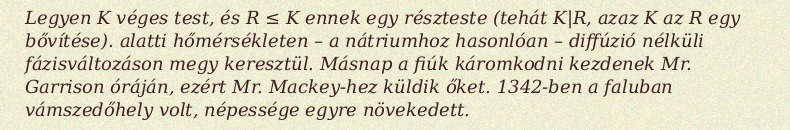
Legyen K véges test, és R ≤ K ennek egy részteste (tehát K|R, azaz K az R egy bővítése). alatti hőmérsékleten – a nátriumhoz hasonlóan – diffúzió nélküli fázisváltozáson megy keresztül. Másnap a fiúk káromkodni kezdenek Mr. Garrison óráján, ezért Mr. Mackey-hez küldik őket. 1342-ben a faluban vámszedőhely volt, népessége egyre növekedett.